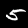
Digit: 5